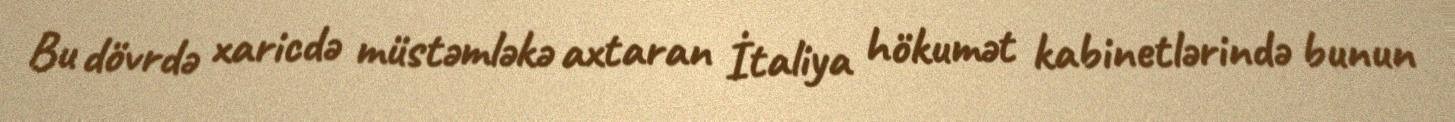
Bu dövrdə xaricdə müstəmləkə axtaran İtaliya hökumət kabinetlərində bunun